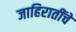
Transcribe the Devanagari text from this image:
जाहिरातींचे